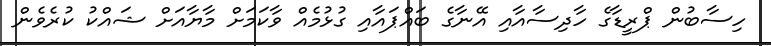
ހިސާބުން ޕްރީޑާގެ ހާދިސާއާއި އޭނާގެ ބައްޕައާއި ގުޅުމެއް ވާކަމަށް މާޔާއަށް ޝައްކު ކުރެވެން